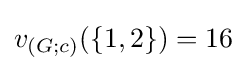
v_{(G;c)}(\{1,2\})=16